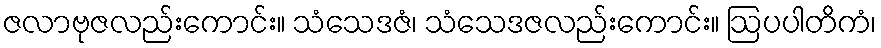
ဇလာဗုဇလည်းကောင်း။ သံသေဒဇံ၊ သံသေဒဇလည်းကောင်း။ ဩပပါတိကံ၊